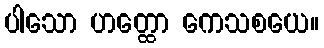
ပါသော ဟတ္ထော ကေသစယေ။